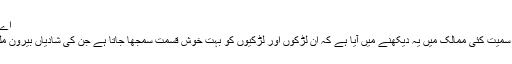
اے ایف پی
پاکستان سمیت کئی ممالک میں یہ دیکھنے میں آیا ہے کہ ان لڑکوں اور لڑکیوں کو بہت خوش قسمت سمجھا جاتا ہے جن کی شادیاں بیرون ملک ہوں۔